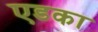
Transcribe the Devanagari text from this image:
एडका